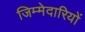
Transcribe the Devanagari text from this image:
जिम्‍मेदारियों